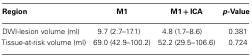
<table><thead><tr><td><b>Region</b></td><td><b>M1</b></td><td><b>M1 + ICA</b></td><td><b><i>p</i>-Value</b></td></tr></thead><tbody><tr><td>DWI-lesion volume (ml)</td><td>9.7 (2.7–17.1)</td><td>4.8 (1.7–8.6)</td><td>0.381</td></tr><tr><td>Tissue-at-risk volume (ml)</td><td>69.0 (42.9–100.2)</td><td>52.2 (29.5–106.6)</td><td>0.724</td></tr></tbody></table>